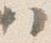
ハ